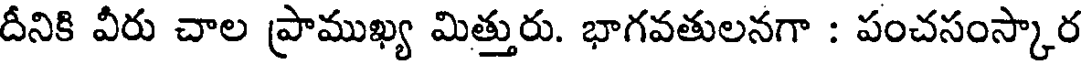
దీనికి వీరు చాల ప్రాముఖ్య మిత్తురు. భాగవతులనగా : పంచసంస్కార